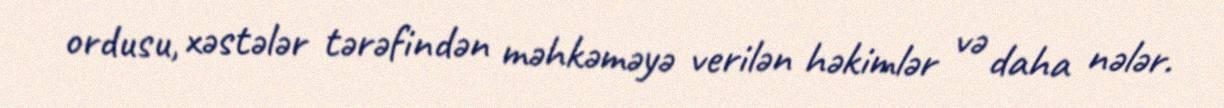
ordusu, xəstələr tərəfindən məhkəməyə verilən həkimlər və daha nələr.